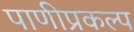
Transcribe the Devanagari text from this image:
पाणीप्रकल्प